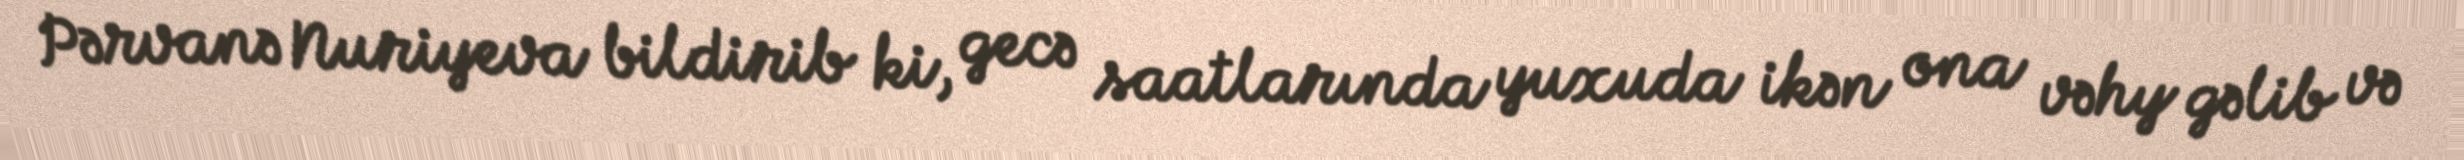
Pərvanə Nuriyeva bildirib ki, gecə saatlarında yuxuda ikən ona vəhy gəlib və